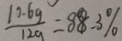
\frac { 1 0 . 6 g } { 1 2 g } = 8 8 . 3 \%